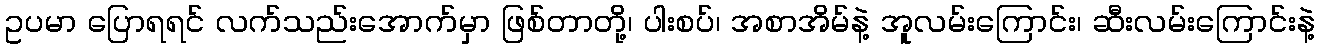
ဥပမာ ပြောရရင် လက်သည်းအောက်မှာ ဖြစ်တာတို့၊ ပါးစပ်၊ အစာအိမ်နဲ့ အူလမ်းကြောင်း၊ ဆီးလမ်းကြောင်းနဲ့